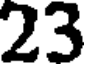
23